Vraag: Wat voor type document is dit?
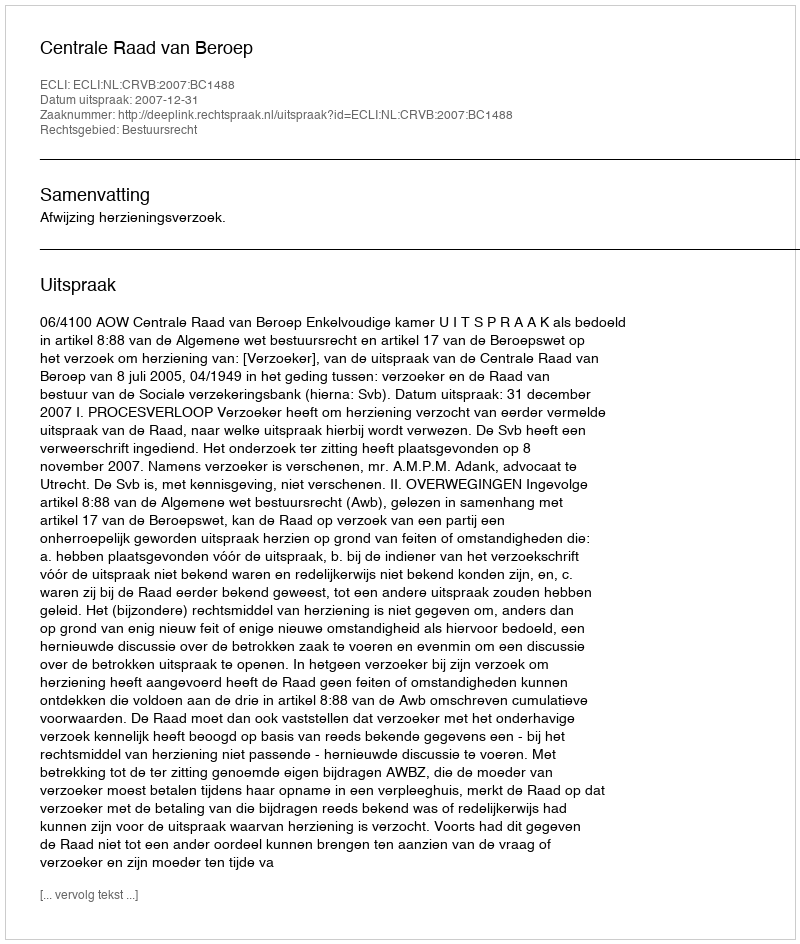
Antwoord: Uitspraak